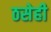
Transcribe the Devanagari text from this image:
ठसेही